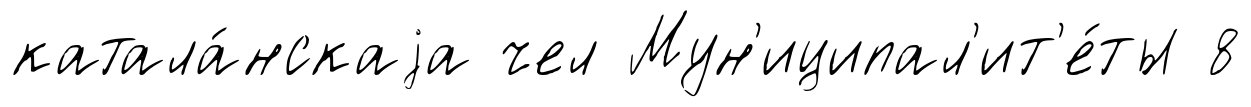
катала́нскаjа чел Мун'иципал'ит'е́ты 8